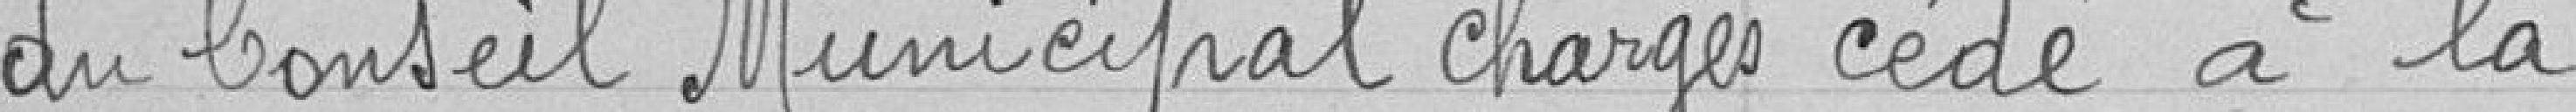
du Conseil Municipal chargés                                       cédé à la